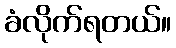
ခံလိုက်ရတယ်။